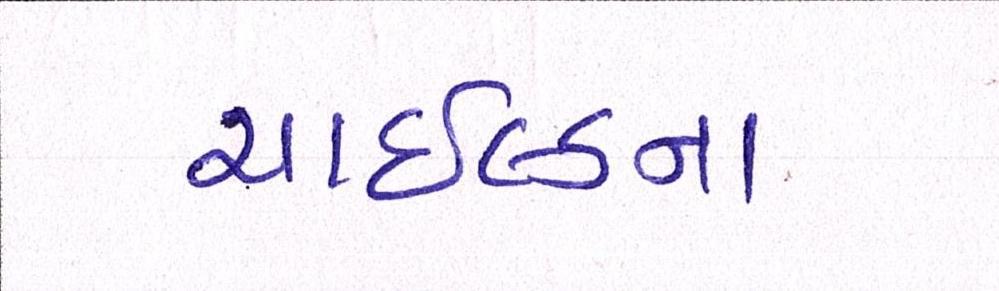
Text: ચાઇલ્ડના